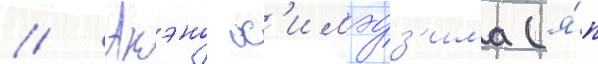
// Акэно х'имэдз'има (я́п